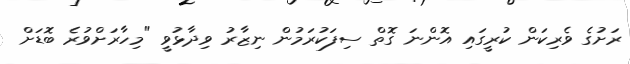
ރަށުގެ ވެރިކަން ކުރީގައި އޮންނަ ގޮތް ސިފަކުރަމުން ނިޒާރު ވިދާޅުވީ "މިހާރަށްވުރެ ބޮޑަށް